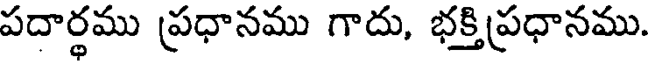
పదార్థము ప్రధానము గాదు, భక్తిప్రధానము.